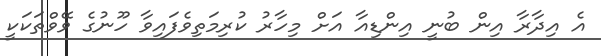
އެ އިދާރާ އިން ބުނީ އިންޑިއާ އަށް މިހާރު ކުރިމަތިވެފައިވާ ހޫނުގެ ވޭވްތަކަކީ